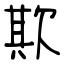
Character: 欺